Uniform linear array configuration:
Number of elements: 12
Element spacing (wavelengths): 0.25
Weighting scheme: hann
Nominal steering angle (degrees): -30
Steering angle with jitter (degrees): -30.718
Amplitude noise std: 0.05
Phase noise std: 0.05

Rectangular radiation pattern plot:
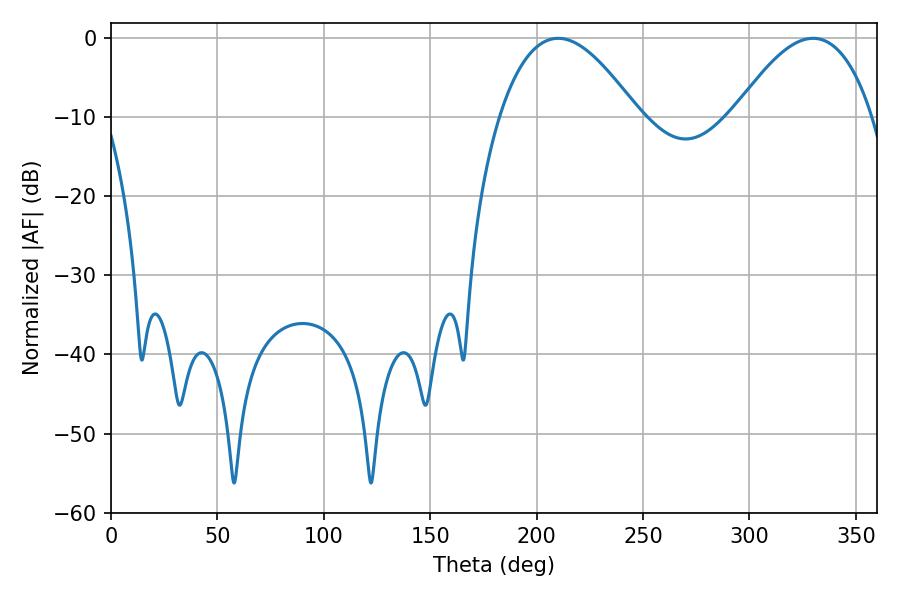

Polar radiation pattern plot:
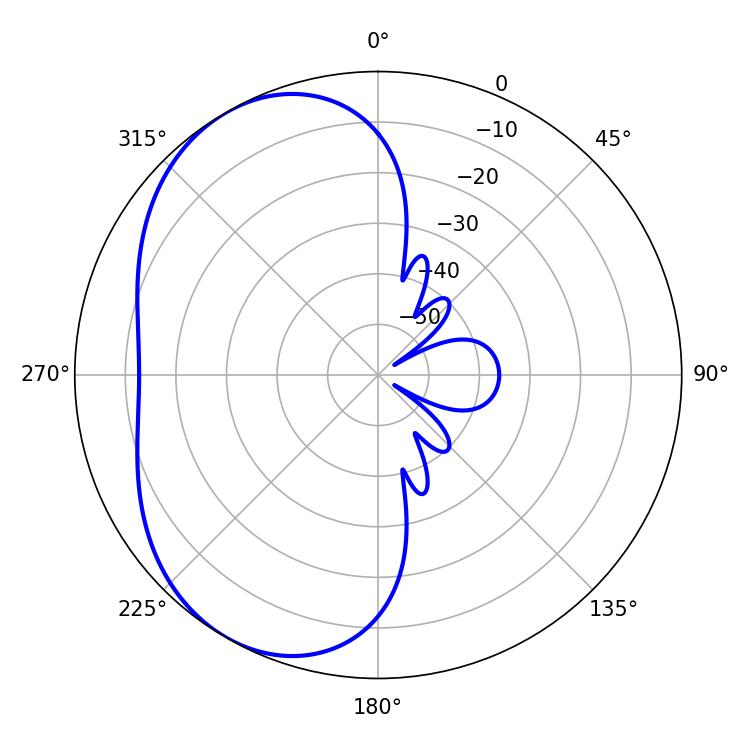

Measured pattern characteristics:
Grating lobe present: FALSE
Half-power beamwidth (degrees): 35.46
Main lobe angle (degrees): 210.06